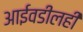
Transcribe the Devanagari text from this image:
आईवडीलही